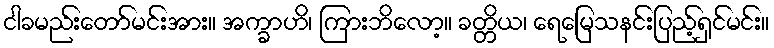
ငါခမည်းတော်မင်းအား။ အက္ခာဟိ၊ ကြားဘိလော့။ ခတ္တိယ၊ ရေမြေသနင်းပြည့်ရှင်မင်း။